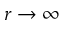
r \to \infty